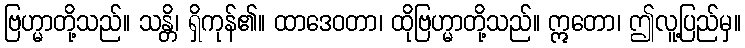
ဗြဟ္မာတို့သည်။ သန္တိ၊ ရှိကုန်၏။ ထာဒေဝတာ၊ ထိုဗြဟ္မာတို့သည်။ ဣတော၊ ဤလူ့ပြည်မှ။